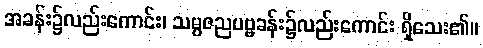
အခန်း၌လည်းကောင်း၊ သမ္ပဇညပဗ္ဗခန်း၌လည်းကောင်း ရှိသေး၏။